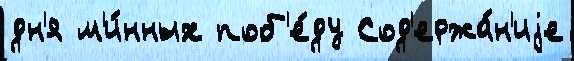
дн'я м'и́нных поб'е́ду Сод'ержа́н'иjе